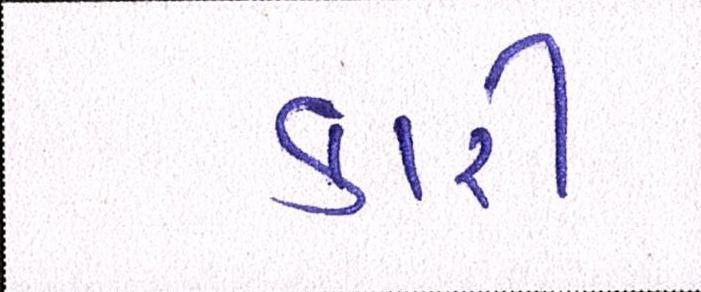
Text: કારી